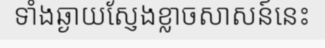
ទាំងឆ្ងាយស្ញែងខ្លាចសាសន៍នេះ